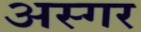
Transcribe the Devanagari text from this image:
अस्गर